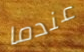
عندما